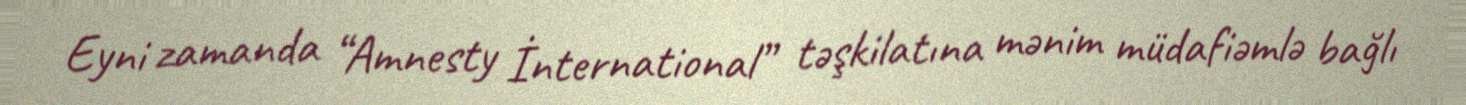
Eyni zamanda “Amnesty İnternational” təşkilatına mənim müdafiəmlə bağlı